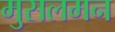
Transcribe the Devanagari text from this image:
मुसलमन